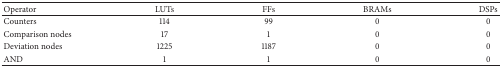
<table><thead><tr><td><b>Operator</b></td><td><b>LUTs</b></td><td><b>FFs</b></td><td><b>BRAMs</b></td><td><b>DSPs</b></td></tr></thead><tbody><tr><td>Counters</td><td>114</td><td>99</td><td>0</td><td>0</td></tr><tr><td>Comparison nodes</td><td>17</td><td>1</td><td>0</td><td>0</td></tr><tr><td>Deviation nodes</td><td>1225</td><td>1187</td><td>0</td><td>0</td></tr><tr><td>AND</td><td>1</td><td>1</td><td>0</td><td>0</td></tr></tbody></table>